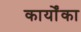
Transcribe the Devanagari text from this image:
कार्योंका